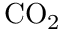
\mathrm { C O _ { 2 } }